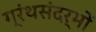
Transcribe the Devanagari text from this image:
ग्रंथसंदर्भों